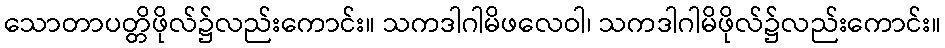
သောတာပတ္တိဖိုလ်၌လည်းကောင်း။ သကဒါဂါမိဖလေဝါ၊ သကဒါဂါမိဖိုလ်၌လည်းကောင်း။